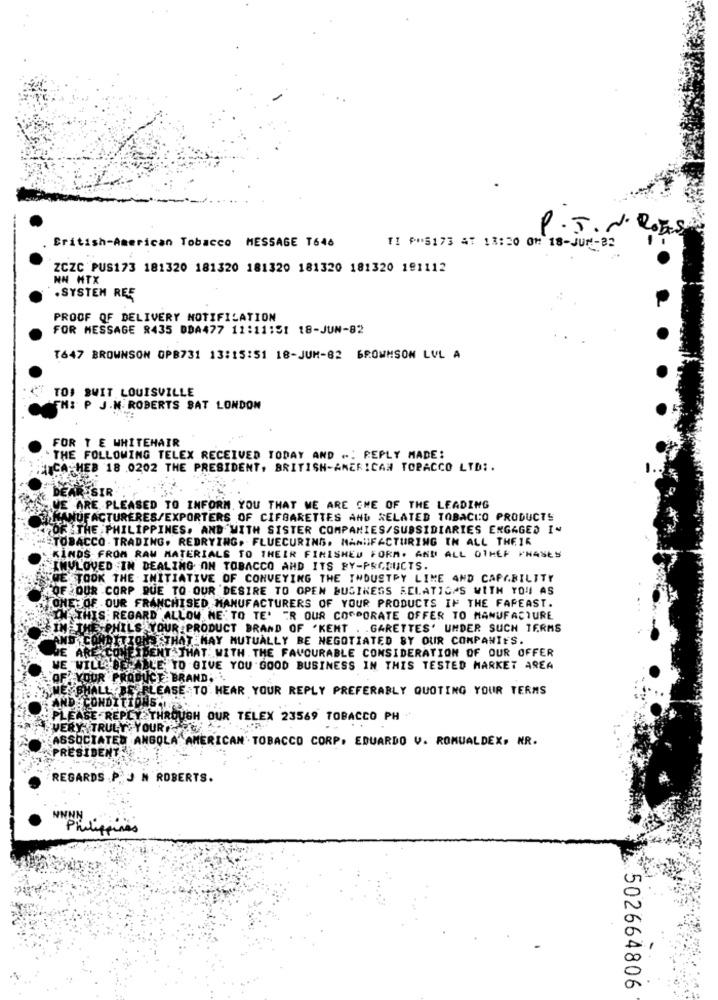
P. T. N. DOES
British-American Tobacco MESSAGE T646
TI PH5173 47 13:20 0M 18-JUM-32
ZCZC PUS173 181320 181320 181320 181320 181320 191112
NN HTX
. SYSTEM REE
PROOF OF DELIVERY NOTIFICATION
FOR MESSAGE 2435 DDA477 11:11:51 18-JUN-82
T647 BROWNSON OPB731 13:15:51 18-JUM-82 6ROWMSON LVL A
TOS SWIT LOUISVILLE
TH: P J.N. ROBERTS SAT LONDON
FOR T E WHITEHAIR
"THE FOLLOWING TELEX RECEIVED TODAY AND ... REPLY MADE:
INCA-HEB 18 .0202 THE PRESIDENT, BRITISH-AMERICAN TOBACCO LTD :.
DEAR SIR
WE ARE PLEASED TO INFORM YOU THAT WE ARE ONE OF THE LEADING
MANUFACTURERES/EXPORTERS OF CIFBARETTES AND RELATED TOBACIO PRODUCTS
OF THE PHILIPPINES. AND WITH SISTER COMPANIES/SUBSIDIARIES ENGAGED IN
ETOBACCO . TRADING. REDRYING, FLUECURING. MANUFACTURING IN ALL THEIR
KINDS FROM RAW MATERIALS TO THEIR FINISHED FORM. AND ALL OTHER PHASES
IMULOVED IN DEALING ON TOBACCO AND ITS BY-PRODUCTS.
JE TOOK THE INITIATIVE OF CONVEYING THE INDUSTRY LIME AND CAPABILITY
OF OUR CORP QUE TO OUR DESIRE TO OPEN BUSINESS RELATIONS WITH YOU AS
ONE OF OUR FRANCHISED MANUFACTURERS OF YOUR PRODUCTS IF THE FAFEAST.
IN THIS REGARD ALLOW ME TO TE' TR OUR CORPORATE OFFER TO MANUFACTURE
SIM THE PHILS YOUR PRODUCT BRAND OF 'KENT . . GARETTES' UMDER SUCH TERMS
AND CONDITIONS STHAT MAY MUTUALLY BE NEGOTIATED BY OUR COMPANIES.
WE ARE CONFIDENT THAT WITH THE FAVOURABLE CONSIDERATION OF OUR OFFER
WE WILL BEABLE TO GIVE YOU GOOD BUSINESS IN THIS TESTED MARKET AREA
OF YOUR PRODUCE: BRAND ...
E SHALL BE PLEASE TO HEAR YOUR REPLY PREFERABLY QUOTING YOUR TERMS
AND CONDITIONS ...
PLEASE REPLY THROUGH OUR TELEX 23569 TOBACCO PH
VERY TRULY YOURSA
ASSOCIATED ANGOLA AMERICAN TOBACCO CORP. EDUARDO V. ROMUALDEX, NR.
PRESIDE
REGARDS P. J N ROBERTS.
Philippines
502664806